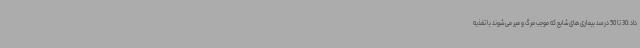
داد:30 تا 50 درصد بیماری های شایع که موجب مرگ و میر می شوند با تغذیه